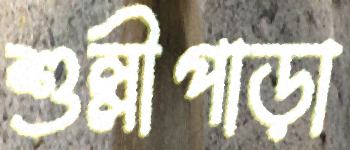
শুল্লীপাড়া